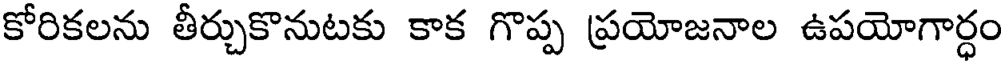
కోరికలను తీర్చుకొనుటకు కాక గొప్ప ప్రయోజనాల ఉపయోగార్ధం